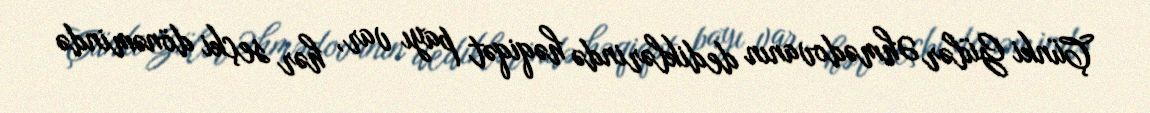
Çünki Gülər Əhmədovanın dediklərində həqiqət payı var, hər seçki dönəmində